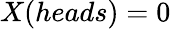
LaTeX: X(heads)=0